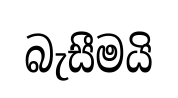
බැසීමයි